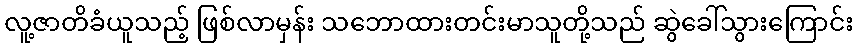
လူ့ဇာတိခံယူသည့် ဖြစ်လာမှန်း သဘောထားတင်းမာသူတို့သည် ဆွဲခေါ်သွားကြောင်း